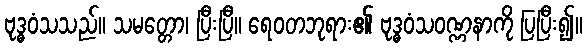
ဗုဒ္ဓဝံသသည်။ သမတ္တော၊ ပြီးပြီ။ ရေဝတဘုရား၏ ဗုဒ္ဓဝံသဝဏ္ဏနာကို ပြပြီး၍။